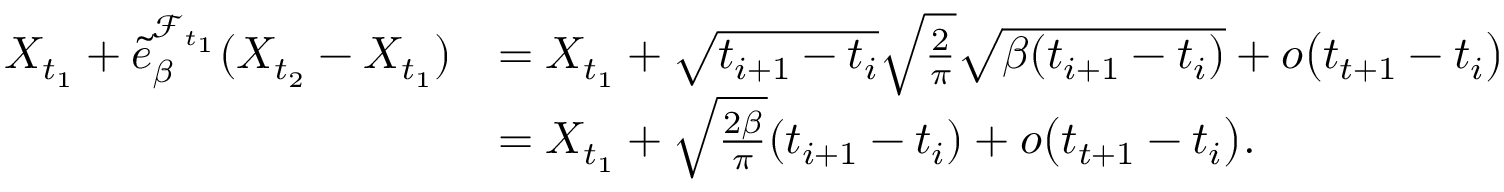
\begin{array} { r l } { X _ { t _ { 1 } } + \tilde { e } _ { \beta } ^ { \mathcal { F } _ { t _ { 1 } } } ( X _ { t _ { 2 } } - X _ { t _ { 1 } } ) } & { = X _ { t _ { 1 } } + \sqrt { t _ { i + 1 } - t _ { i } } \sqrt { \frac { 2 } { \pi } } \sqrt { \beta ( t _ { i + 1 } - t _ { i } ) } + o \bigl ( t _ { t + 1 } - t _ { i } \bigr ) } \\ & { = X _ { t _ { 1 } } + \sqrt { \frac { 2 \beta } { \pi } } ( t _ { i + 1 } - t _ { i } ) + o \bigl ( t _ { t + 1 } - t _ { i } \bigr ) . } \end{array}